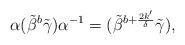
LaTeX: \begin{align*}\alpha (\tilde{\beta}^b \tilde{\gamma}) \alpha^{-1} =(\tilde{\beta}^{b+\frac{2k'}{\delta}} \tilde{\gamma}),\end{align*}